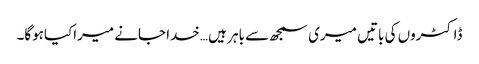
ڈاکٹروں کی باتیں میری سمجھ سے باہر ہیں …خدا جانے میراکیاہوگا۔